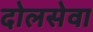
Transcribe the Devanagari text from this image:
दोलसेवा